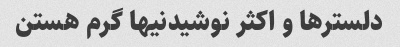
دلسترها و اکثر نوشیدنیها گرم هستن